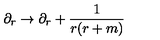
\partial _ { r } \rightarrow \partial _ { r } + \frac { 1 } { r ( r + m ) }